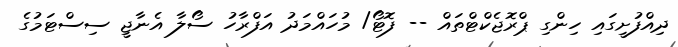
ދިއްފުށީގައި ހިންގި ޕްރޮޖެކްޓްތައް -- ފޮޓޯ/ މުހައްމަދު އަފްރާހު ސޯލާ އެނާޖީ ސިސްޓަމުގެ